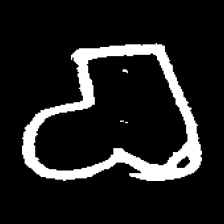
Pyu character \u2014 Myanmar letter: စ (romanized: ca)